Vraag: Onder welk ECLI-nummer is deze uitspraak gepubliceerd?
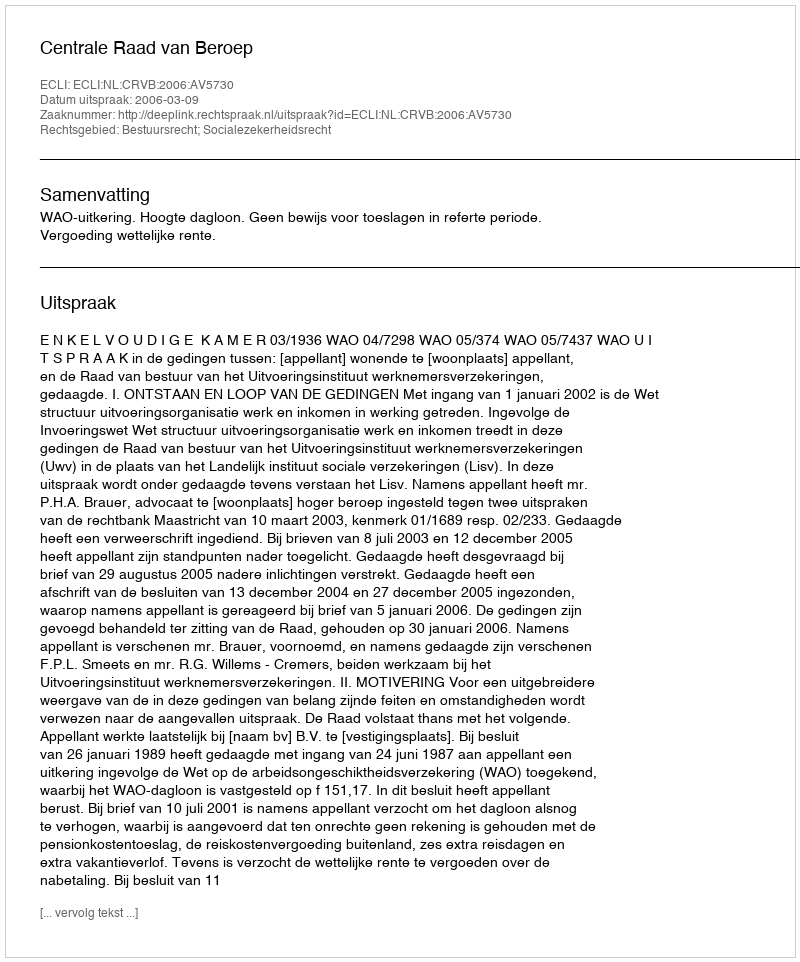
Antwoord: ECLI:NL:CRVB:2006:AV5730